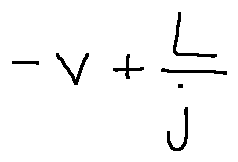
- v + \frac { L } { j }